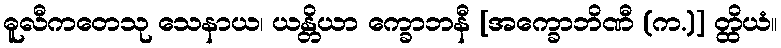
ဓူလီကတေသု သေနာယ၊ ယန္တိယာ က္ခောဘနီ [အက္ခောဘိဏီ (က.)] တ္ထိယံ။